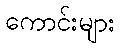
ကောင်းများ